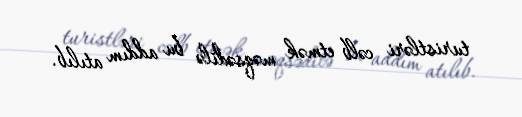
turistləri cəlb etmək məqsədilə bu addım atılıb.